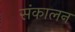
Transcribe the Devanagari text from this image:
संकालन